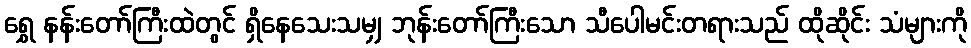
ရွှေ နန်းတော်ကြီးထဲတွင် ရှိနေသေးသမျှ ဘုန်းတော်ကြီးသော သီပေါမင်းတရားသည် ထိုဆိုင်း သံများကို